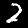
Label: 2